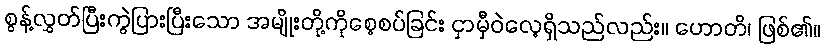
စွန့်လွှတ်ပြီးကွဲပြားပြီးသော အမျိုးတို့ကိုစေ့စပ်ခြင်း ငှာမှီဝဲလေ့ရှိသည်လည်း။ ဟောတိ၊ ဖြစ်၏။